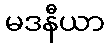
မဒနီယာ